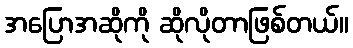
အပြောအဆိုကို ဆိုလိုတာဖြစ်တယ်။